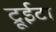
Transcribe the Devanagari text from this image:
ट्रूईटा